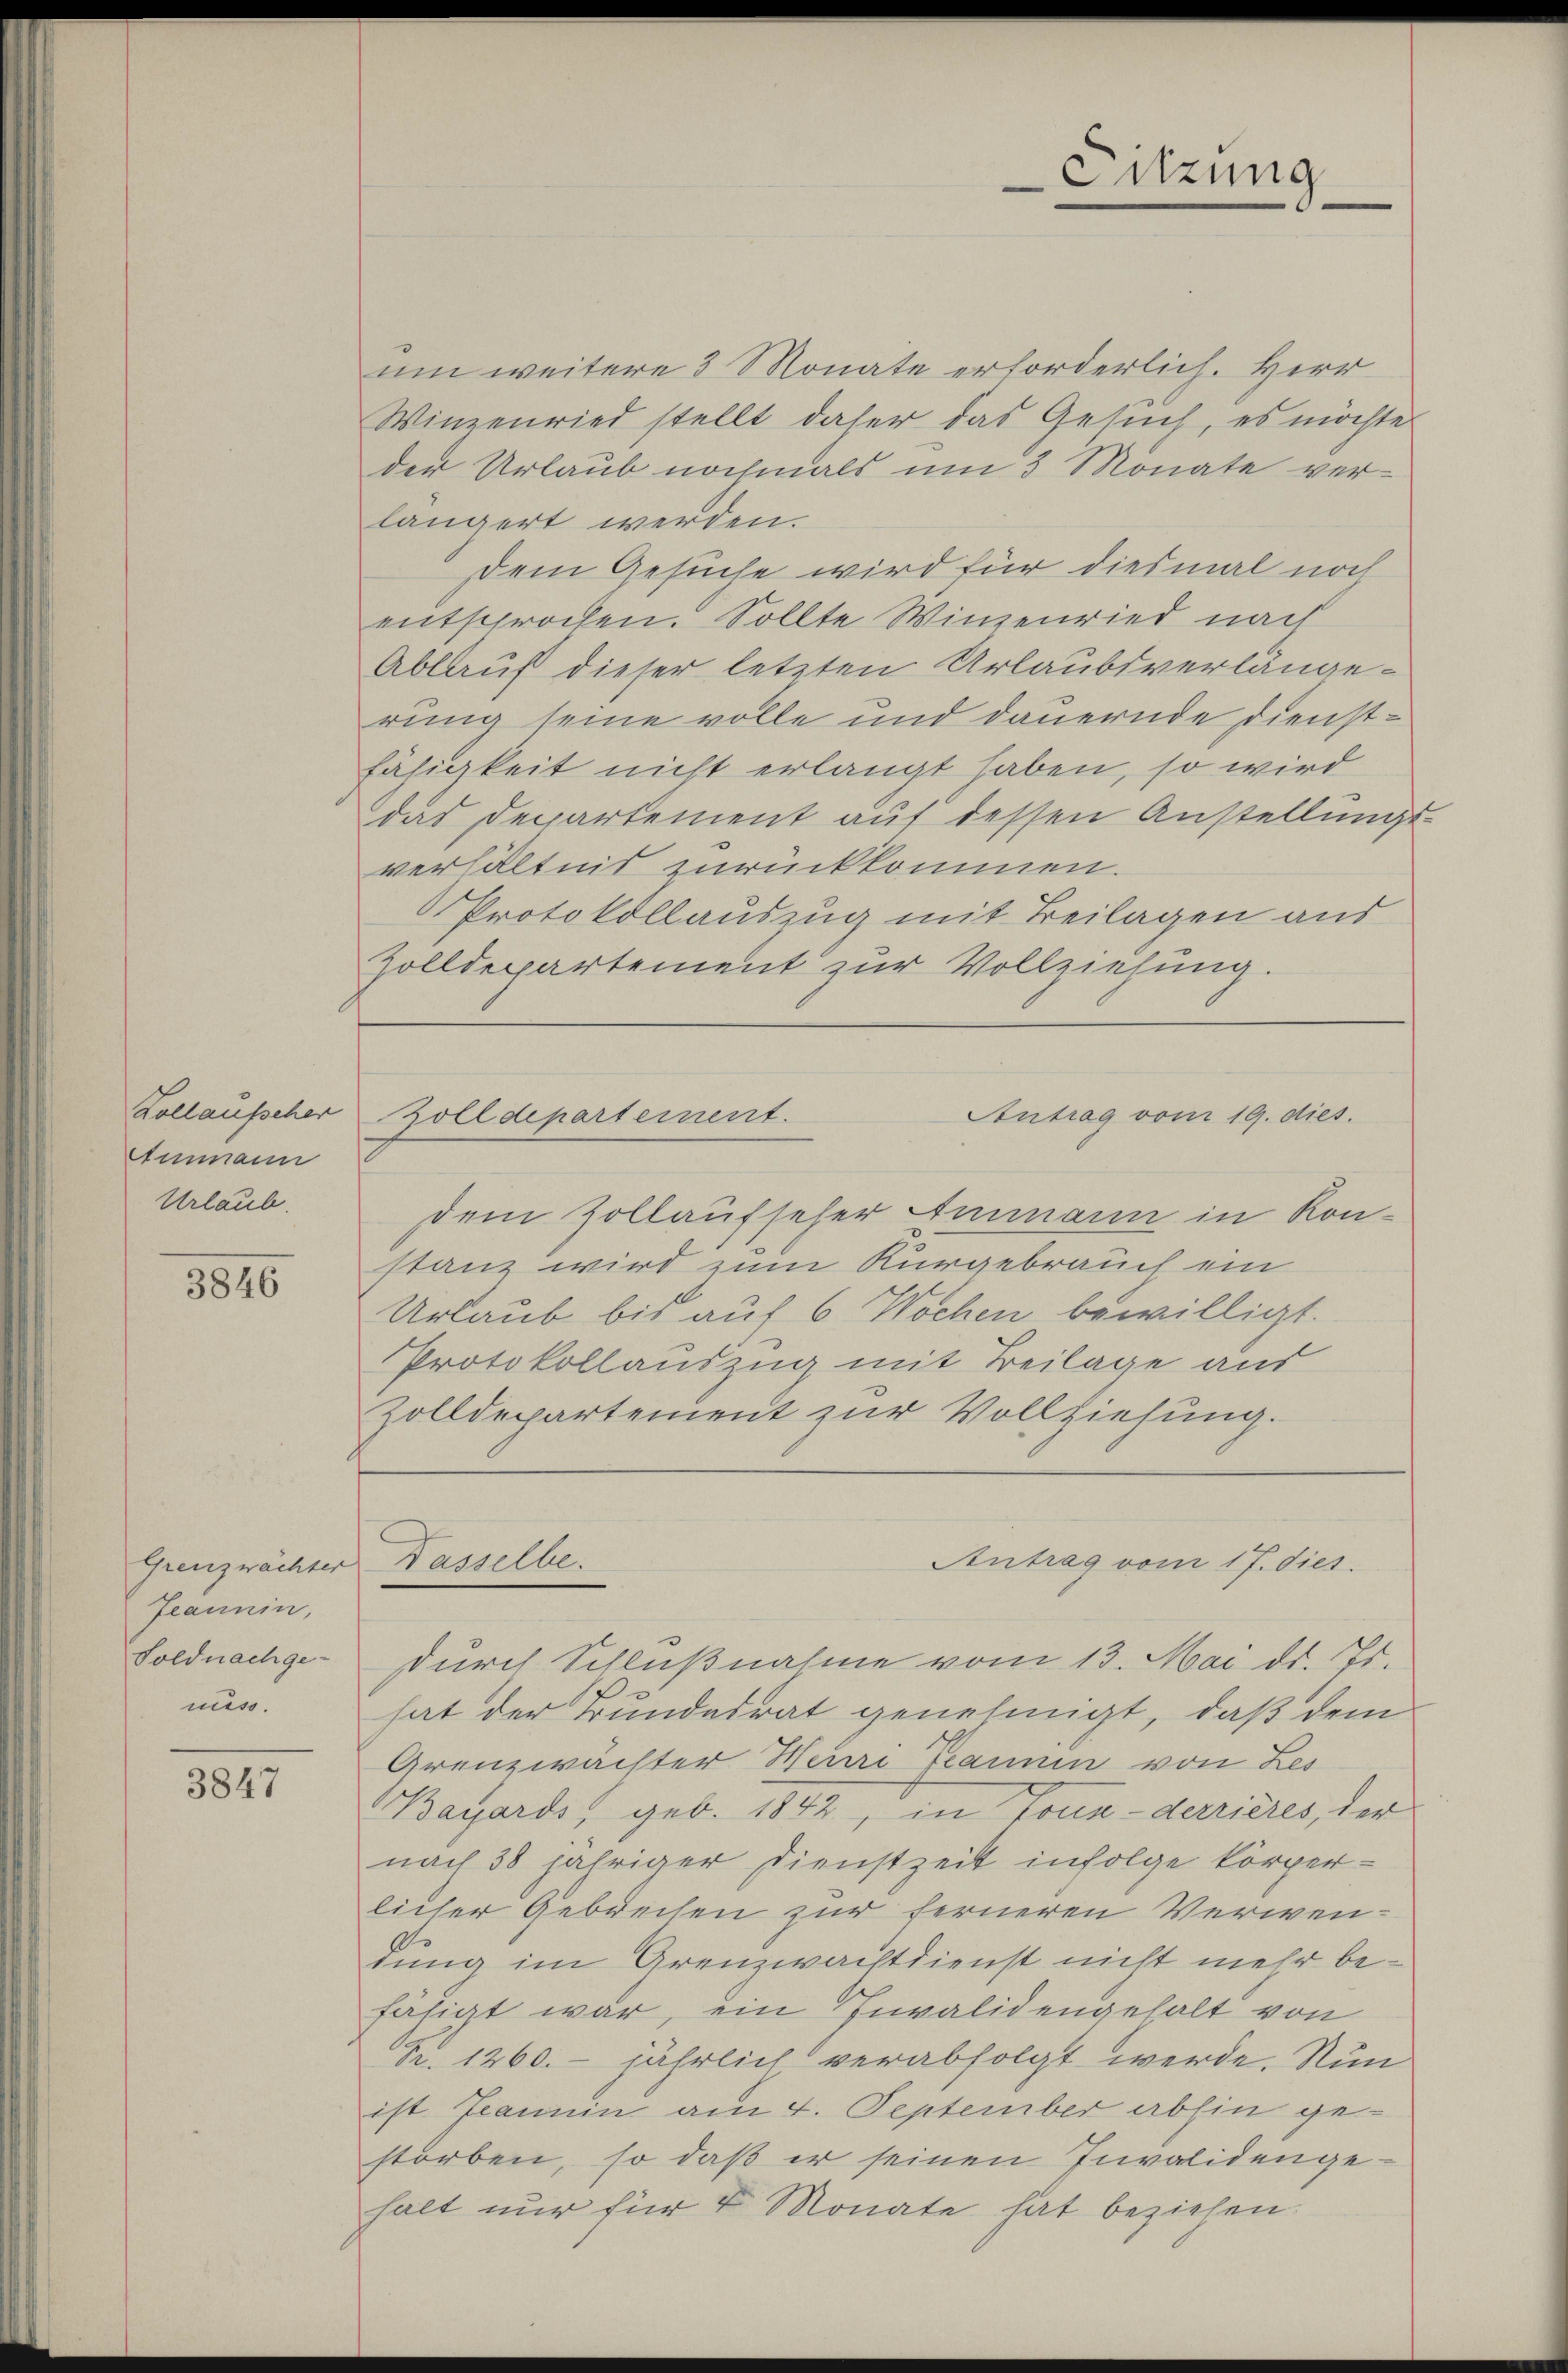
Kollaufscher
Ammann
Urlaub

3846

Grenzwächter
Jeannin,
Soldnachge-
nuss.

3847

um weitere 3 Monate erforderlich. Herr
Winzenried stellt daher das Gesuch, es möchte
der Urlaub nochmals um 3 Monate verlängert werden.
dem Gesuche wird für diesmal noch
entsprochen. Sollte Winzenried nach
Ablauf dieser letzten Urlaubsverlangerung seine volle und dauernde Dienstfähigkeit nicht erlangt haben, so wird
das Departement auf dessen Anstellungsverhältnis zurückkommen.
Protokollauszug mit Beilagen aus
Zolldepartement zur Vollziehung.

dem Zollaufseher Ammann in Konstanz wird zum Kurgebrauch ein
Urlaub bis auf 6 Wochen bewilligt.
Protokollauszug mit Beilage aus
Zolldepartement zur Vollziehung.
durch Schlußnahme vom 13. Mai d. Js.
hat der Bundesrat genehmigt, daß dem
Grenzwächter Meuri kamen von Zes
Bayards, geb. 1842, in Tonn-derrières, der
nach 38 jähriger Dienstzeit infolge körper-
licher Gebrechen zur ferneren Verwentung im Grenzwachtdienst nicht mehr befähigt war, ein Invalidengehalt von
Nr. 1260. jährlich verabfolgt werde. Nun
ist Jeannin am 4. September abhin gestorben, so daß er seinen Invalidengehalt nur für 4 Monate hat beziehen.

Antrag vom 19. dies.
Zolldepartement.

Kasselbe.

Sitzung

Antrag vom 17. dies